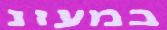
במעונ